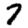
Digit: 7